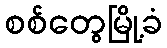
စစ်တွေမြို့ခံ